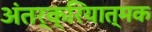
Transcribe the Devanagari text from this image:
अंतर्क्रियात्मक